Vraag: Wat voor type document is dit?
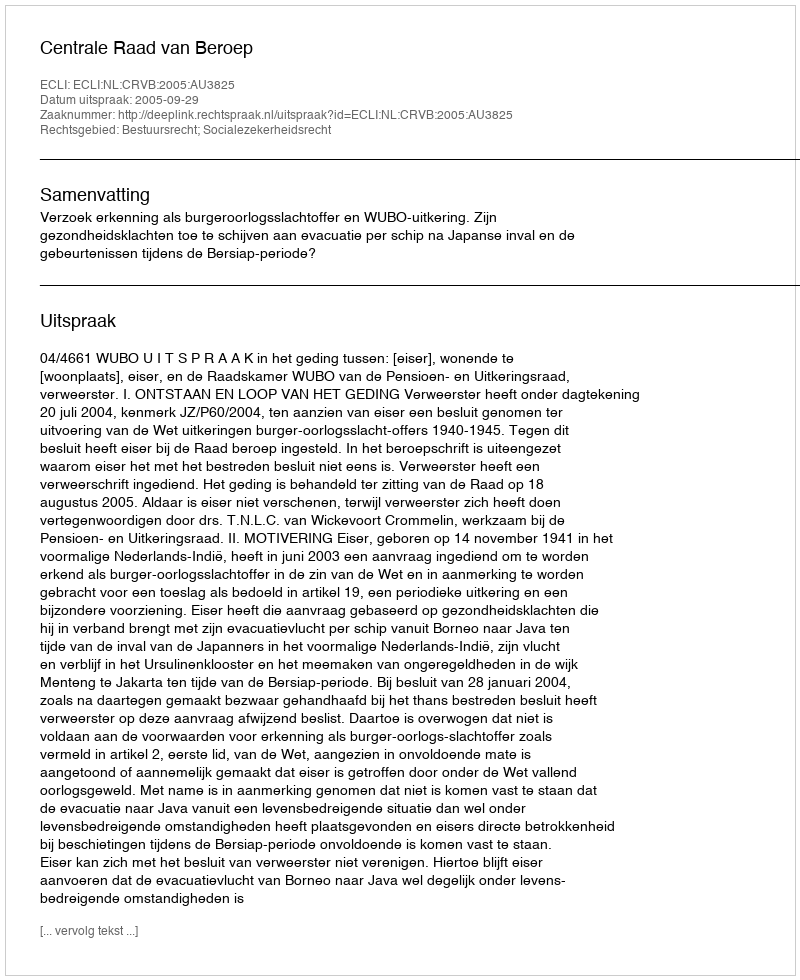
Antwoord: Uitspraak